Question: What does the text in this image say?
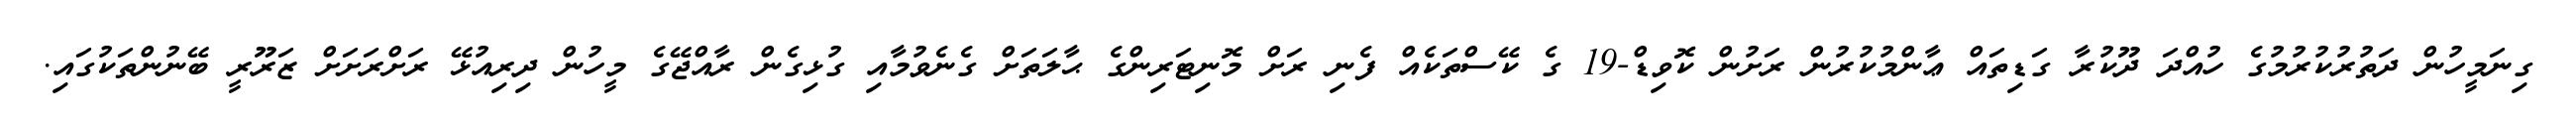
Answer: ގިނަމީހުން ދަތުރުކުރުމުގެ ހުއްދަ ދޫކުރާ ގަޑިތައް ޢާންމުކުރުން ރަށުން ކޮވިޑް-19 ގެ ކޭސްތަކެއް ފެނި ރަށް މޮނިޓަރިންގެ ޙާލަތަށް ގެނެވުމާއި ގުޅިގެން ރާއްޖޭގެ މީހުން ދިރިއުޅޭ ރަށްރަށަށް ޒަރޫރީ ބޭނުންތަކުގައި.